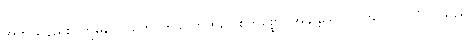
အဘယ်နည်း။ ဣဓလောကေ၊ ဤလောက၌။ ဧကစ္စော၊ အချို့သော။ ပုဂ္ဂလော၊ ပုဂ္ဂိုလ်သည်။